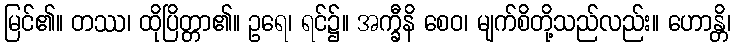
မြင်၏။ တဿ၊ ထိုပြိတ္တာ၏။ ဥရေ၊ ရင်၌။ အက္ခီနိ စေဝ၊ မျက်စိတို့သည်လည်း။ ဟောန္တိ၊